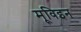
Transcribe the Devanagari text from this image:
मूविइन